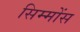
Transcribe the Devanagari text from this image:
सिम्मोंस